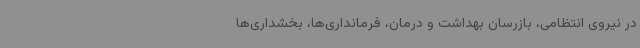
در نیروی انتظامی، بازرسان بهداشت و درمان، فرمانداری‌ها، بخشداری‌ها